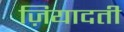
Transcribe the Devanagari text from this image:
ज़ियादती